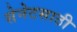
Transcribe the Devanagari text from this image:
सेनेटसाठी